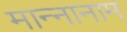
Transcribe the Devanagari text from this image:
मान्नानाम